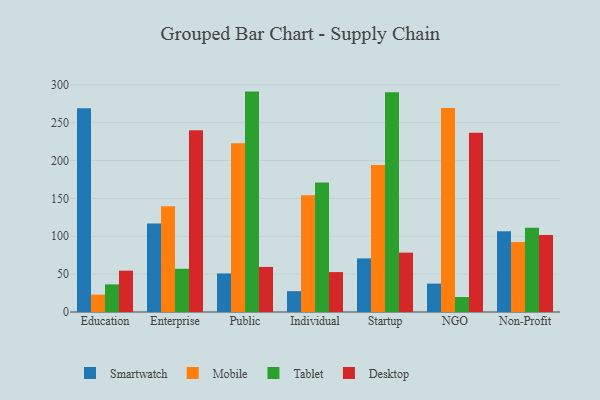
{"axis": {"x": "Segment", "y": "Tickets Resolved"}, "legend": ["Desktop", "Mobile", "Smartwatch", "Tablet"], "data": [{"x": "Education", "y": 269.1, "type": "Smartwatch"}, {"x": "Education", "y": 23.0, "type": "Mobile"}, {"x": "Education", "y": 36.5, "type": "Tablet"}, {"x": "Education", "y": 54.6, "type": "Desktop"}, {"x": "Enterprise", "y": 116.8, "type": "Smartwatch"}, {"x": "Enterprise", "y": 139.7, "type": "Mobile"}, {"x": "Enterprise", "y": 57.1, "type": "Tablet"}, {"x": "Enterprise", "y": 240.0, "type": "Desktop"}, {"x": "Public", "y": 50.9, "type": "Smartwatch"}, {"x": "Public", "y": 222.9, "type": "Mobile"}, {"x": "Public", "y": 291.1, "type": "Tablet"}, {"x": "Public", "y": 59.5, "type": "Desktop"}, {"x": "Individual", "y": 27.5, "type": "Smartwatch"}, {"x": "Individual", "y": 154.3, "type": "Mobile"}, {"x": "Individual", "y": 170.9, "type": "Tablet"}, {"x": "Individual", "y": 52.7, "type": "Desktop"}, {"x": "Startup", "y": 70.8, "type": "Smartwatch"}, {"x": "Startup", "y": 194.2, "type": "Mobile"}, {"x": "Startup", "y": 290.1, "type": "Tablet"}, {"x": "Startup", "y": 78.4, "type": "Desktop"}, {"x": "NGO", "y": 37.5, "type": "Smartwatch"}, {"x": "NGO", "y": 269.6, "type": "Mobile"}, {"x": "NGO", "y": 19.8, "type": "Tablet"}, {"x": "NGO", "y": 236.6, "type": "Desktop"}, {"x": "Non-Profit", "y": 106.5, "type": "Smartwatch"}, {"x": "Non-Profit", "y": 92.6, "type": "Mobile"}, {"x": "Non-Profit", "y": 111.4, "type": "Tablet"}, {"x": "Non-Profit", "y": 101.7, "type": "Desktop"}]}